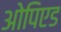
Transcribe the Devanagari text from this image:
ओपिएड